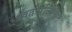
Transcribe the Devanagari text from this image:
स्वतःप्रतिरक्षित